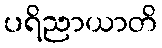
ပရိညာယာတိ